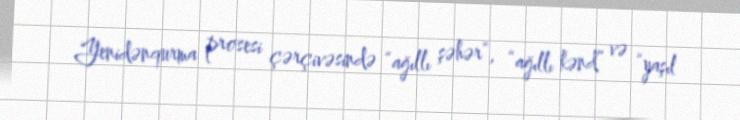
Yenidənqurma prosesi çərçivəsində “ağıllı şəhər”, “ağıllı kənd” və “yaşıl